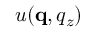
u ( \mathbf q , q _ { z } )